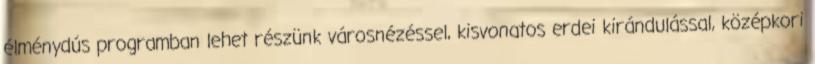
élménydús programban lehet részünk városnézéssel, kisvonatos erdei kirándulással, középkori